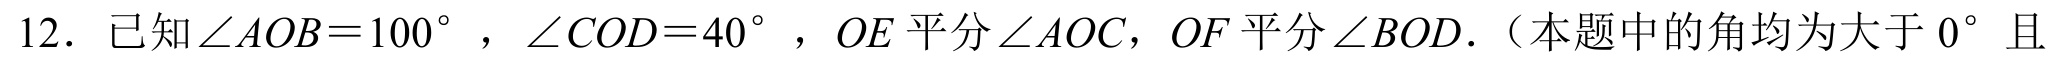
12. 已知\(\angle AOB = 100^{\circ}\)，\(\angle COD = 40^{\circ}\)，\(OE\)平分\(\angle AOC\)，\(OF\)平分\(\angle BOD\).（本题中的角均为大于\(0^{\circ}\)且